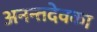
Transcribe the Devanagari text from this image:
अनन्तदेवका